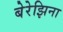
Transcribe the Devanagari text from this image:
बेरेझिना